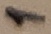
Text: 1